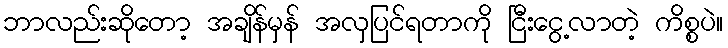
ဘာလည်းဆိုတော့ အချိန်မှန် အလှပြင်ရတာကို ငြီးငွေ့လာတဲ့ ကိစ္စပဲ။